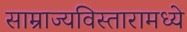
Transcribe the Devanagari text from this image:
साम्राज्यविस्तारामध्ये